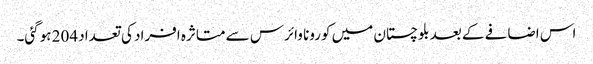
اس اضافے کے بعد بلوچستان میں کورونا وائرس سے متاثرہ افراد کی تعداد 204 ہوگئی۔